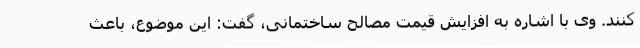
کنند. وی با اشاره به افزایش قیمت مصالح ساختمانی، گفت: این موضوع، باعث